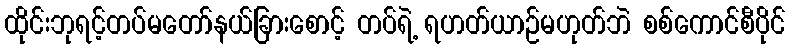
ထိုင်းဘုရင့်တပ်မတော်နယ်ခြားစောင့် တပ်ရဲ့ ရဟတ်ယာဉ်မဟုတ်ဘဲ စစ်ကောင်စီပိုင်